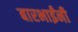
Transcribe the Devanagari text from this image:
बारभाईंनी